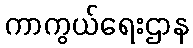
ကာကွယ်ရေးဌာန